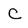
Character: C